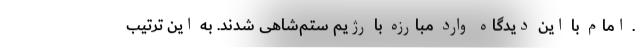
. امام با این دیدگاه وارد مبارزه با رژیم ستم‌شاهی شدند. به این ترتیب